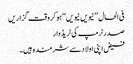
فی الحال ’’نیویں نیویں‘‘ ہو کروقت گزاریں
صدرٹرمپ کی ٹریڈ وار
فیض اپنی اولاد سے شرمندہ ہیں۔